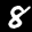
Label: 8